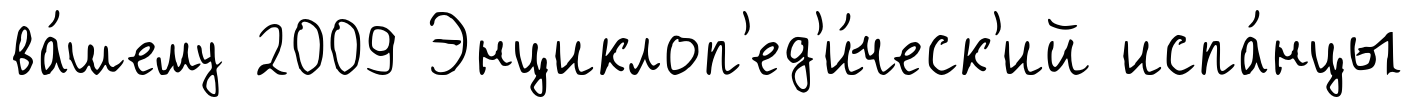
ва́шему 2009 Энциклоп'ед'и́ческ'ий испа́нцы